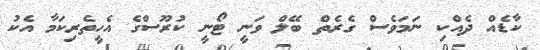
ކާޑެއް ދެއްކި ނަމަވެސް ގެރެތް ބޭލް ވަނީ ޓޯނީ ކުރޫސްގެ އެހީތެރިކަމާ އެކު